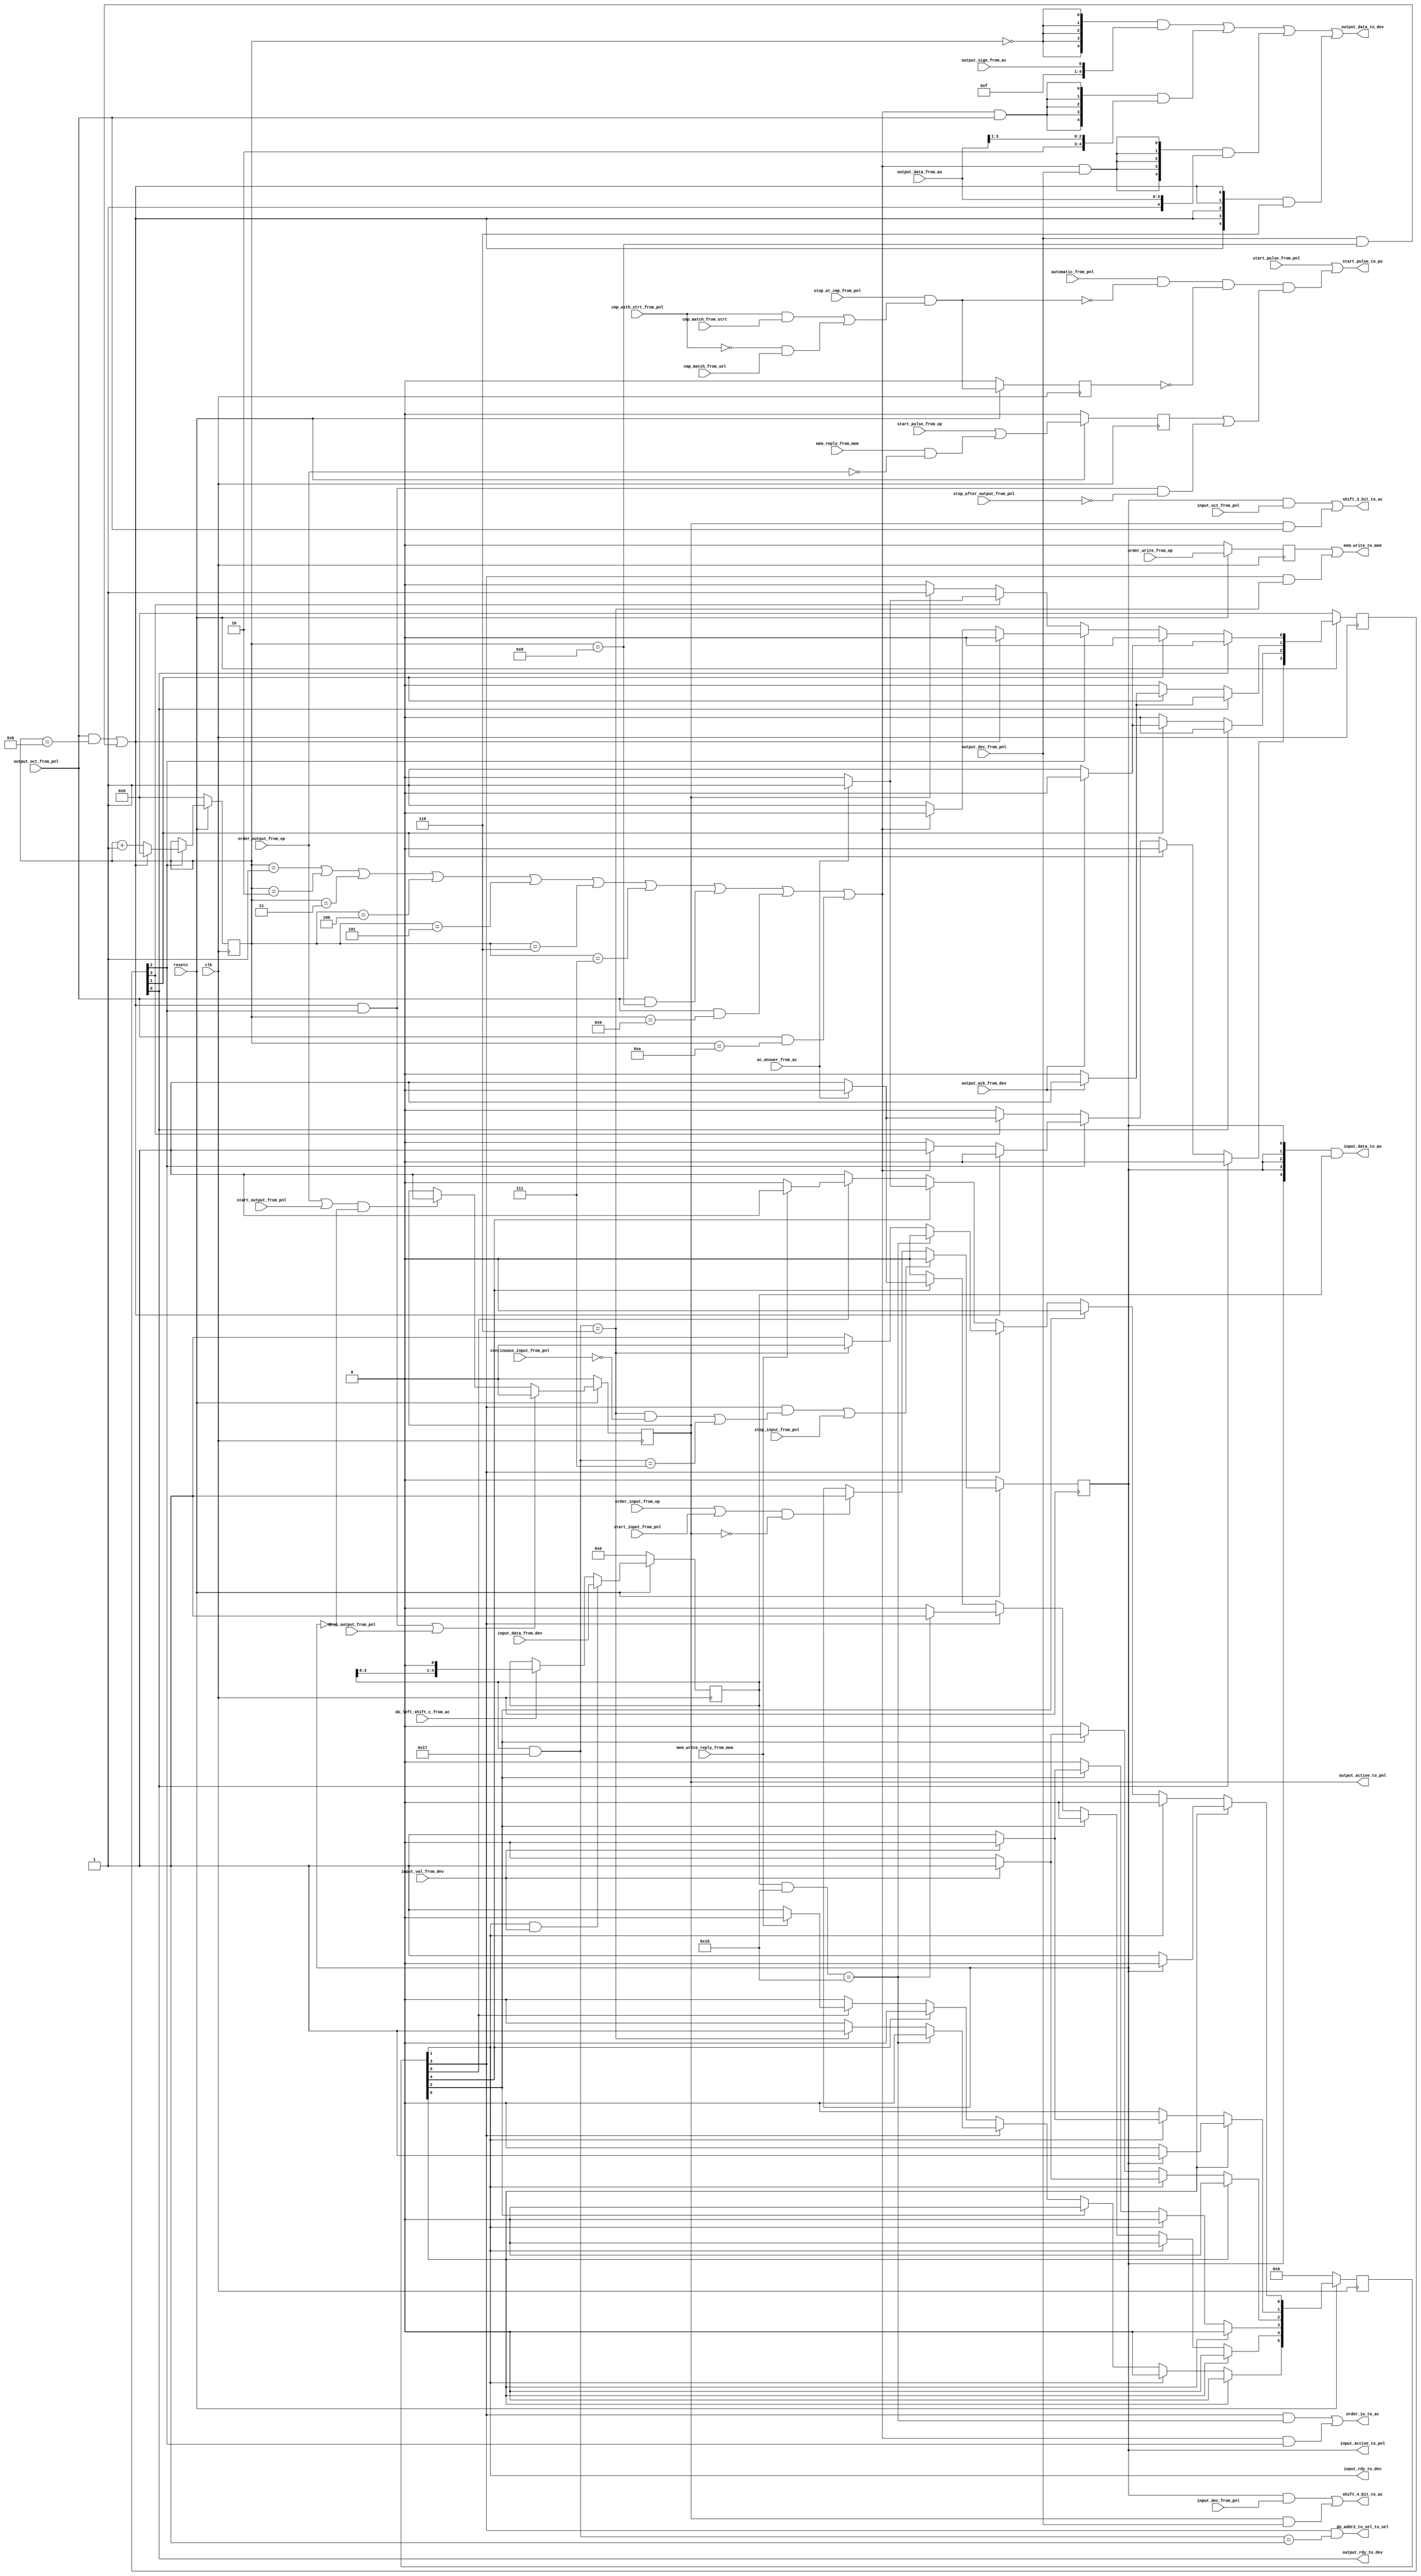
/**
 * 
 *      
 * 
**/

module io_unit (
    input clk,
    input resetn,

    input  order_write_from_op,         // pulse, from op
    input  order_input_from_op,         // pulse, from op
    input  order_output_from_op,        // pulse, from op
    input  start_pulse_from_op,         // pulse, from op

    input  do_left_shift_c_from_ac,     // pulse, from ac
    input  ac_answer_from_ac,           // pulse, from ac

    input  mem_write_reply_from_mem,    // pulse, from mem
    input  mem_reply_from_mem,          // pulse, from mem

    input  start_pulse_from_pnl,        // pulse, from pnl
    input  automatic_from_pnl,          // level, from pnl

    input  start_input_from_pnl,        // pulse, from pnl
    input  stop_input_from_pnl,         // pulse, from pnl
    input  start_output_from_pnl,       // pulse, from pnl
    input  stop_output_from_pnl,        // pulse, from pnl
    input  input_oct_from_pnl,          // level, from pnl
    input  input_dec_from_pnl,          // level, from pnl
    input  output_oct_from_pnl,         // level, from pnl
    input  output_dec_from_pnl,         // level, from pnl
    input  continuous_input_from_pnl,   // level, from pnl
    input  stop_after_output_from_pnl,  // level, from pnl

    input  stop_at_cmp_from_pnl,        // level, from pnl
    input  cmp_with_strt_from_pnl,      // level, from pnl
    input  cmp_match_from_strt,         // level, from strt
    input  cmp_match_from_sel,          // level, from sel

    output input_active_to_pnl,         // level, to pnl
    output output_active_to_pnl,        // level, to pnl

    output shift_3_bit_to_ac,           // level, to ac
    output shift_4_bit_to_ac,           // level, to ac

    output order_io_to_ac,              // pulse, to ac
    output do_addr2_to_sel_to_sel,      // pulse, to sel
    output mem_write_to_mem,            // pulse, to mem
    output start_pulse_to_pu,           // pulse, to pu

    input  output_sign_from_ac,         // value, from ac
    input  [ 3:0] output_data_from_au,  // value, from au
    output [ 4:0] input_data_to_au,     // value, to au

    output input_rdy_to_dev,            // handshake
    input  input_val_from_dev,          // handshake
    input  [ 4:0] input_data_from_dev,  // value, from dev

    output output_rdy_to_dev,           // handshake
    input  output_ack_from_dev,         // handshake
    output [ 4:0] output_data_to_dev    // value, to dev
);

`define IN_IDLE 0
`define IN_RDY 1
`define IN_VAL 2
`define IN_DONE 3
`define IN_NUM 4
`define IN_WRITE 5

`define OUT_IDLE 7'b0000_000
`define OUT_RDY 0
`define OUT_ACK 1
`define OUT_DONE 2
`define OUT_SHIFT 3

// input statement machine
reg  input_active;
reg  [ 5:0] input_state;
reg  [ 5:0] input_state_next;
reg  [ 4:0] reg_input;

wire input_is_num;
wire input_is_write;
wire input_is_end;
wire input_is_sel;

wire order_io_from_input;
wire order_write_from_input;
wire stop_input_from_input;

// output statement machine
reg  output_active;
reg  [ 3:0] output_state_a;
reg  [ 3:0] output_state_b;
reg  [ 3:0] output_state_a_next;
reg  [ 3:0] output_state_b_next;

wire output_sign;
wire output_num;
wire output_finish;

wire order_io_from_output;
wire start_pulse_from_output;
wire stop_output_from_output;

// order_write & start_pulse
reg  order_write_r;
wire start_pulse_delay;
reg  start_pulse_r;
wire start_pulse_auto;
wire stop_because_cmp;
reg  stop_because_cmp_r;

// input statement machine
always @(posedge clk) begin
    if (~resetn) begin
        input_active <= 1'b0;
    end else if (stop_input_from_input || stop_input_from_pnl) begin
        input_active <= 1'b0;
    end else if ((order_input_from_op || start_input_from_pnl) && !output_active) begin
        input_active <= 1'b1;
    end
end
assign input_active_to_pnl = input_active;

always @(posedge clk) begin
    if (~resetn) begin
        input_state <= 0;
        // input_state[`IN_IDLE] <= 1;
    // ? need clear signal?
    end else begin
        input_state <= input_state_next;
    end
end

always @(*) begin
    input_state_next = 0;
    case (1'b1)
        input_state[`IN_IDLE]: begin
            if (input_active) begin
                input_state_next[`IN_RDY] = 1;
            end else begin
                input_state_next[`IN_IDLE] = 1;
            end
        end
        input_state[`IN_RDY]: begin
            if (input_val_from_dev) begin
                input_state_next[`IN_VAL] = 1;
            end else begin
                input_state_next[`IN_RDY] = 1;
            end
        end
        input_state[`IN_VAL]: begin
            if (!input_val_from_dev) begin
                input_state_next[`IN_DONE] = 1;
            end else begin
                input_state_next[`IN_VAL] = 1;
            end
        end
        input_state[`IN_DONE]: begin
            if (input_is_num) begin
                input_state_next[`IN_NUM] = 1;
            end else if (input_is_write) begin
                input_state_next[`IN_WRITE] = 1;
            end else begin
                input_state_next[`IN_IDLE] = 1;
            end
        end
        input_state[`IN_NUM]: begin
            if (ac_answer_from_ac) begin
                input_state_next[`IN_IDLE] = 1;
            end else begin
                input_state_next[`IN_NUM] = 1;
            end
        end
        input_state[`IN_WRITE]: begin
            if (mem_write_reply_from_mem) begin
                input_state_next[`IN_IDLE] = 1;
            end else begin
                input_state_next[`IN_WRITE] = 1;
            end
        end
        default: begin
            input_state_next[`IN_IDLE] = 1;
        end
    endcase
end

assign input_rdy_to_dev = input_state[`IN_RDY];

always @(posedge clk) begin
    if (~resetn) begin
        reg_input <= 5'b0;
    end else if (input_state[`IN_RDY] && input_val_from_dev) begin
        reg_input <= input_data_from_dev;
    end else if (do_left_shift_c_from_ac) begin
        reg_input <= {reg_input[3:0], 1'b0};
    end
end
assign input_data_to_au = 
    {5{input_active}} & reg_input;

assign input_is_num = 
    (reg_input & 5'b10000) == 5'b10000;
assign input_is_write =
    (reg_input & 5'b10111) == 5'b00110;
assign input_is_end =
    (reg_input & 5'b10111) == 5'b00111;
assign input_is_sel =
    (reg_input & 5'b10111) == 5'b00001;

assign order_io_from_input =
    input_state[`IN_DONE] && input_is_num;
assign order_write_from_input =
    input_state[`IN_DONE] && input_is_write;
assign do_addr2_to_sel_to_sel =
    input_state[`IN_DONE] && input_is_sel;
assign stop_input_from_input =
    input_state[`IN_DONE] && (
        (input_is_write && !continuous_input_from_pnl) ||
        input_is_end
    );

// output statement machine
always @(posedge clk) begin
    if (~resetn) begin
        output_active <= 1'b0;
    end else if (stop_output_from_output || stop_output_from_pnl) begin
        output_active <= 1'b0;
    end else if ((order_output_from_op || start_output_from_pnl) && !input_active) begin
        output_active <= 1'b1;
    end
end
assign output_active_to_pnl = output_active;

always @(posedge clk) begin
    if (~resetn) begin
        output_state_a <= 4'd0;
        output_state_b <= 4'b0000;
    end else begin
        output_state_a <= output_state_a_next;
        output_state_b <= output_state_b_next;
    end
end

always @(*) begin
    if (output_state_b[`OUT_DONE]) begin
        if (output_finish) begin
            output_state_a_next = 4'd0;
        end else begin
            output_state_a_next = output_state_a + 4'd1;
        end
    end else begin
        output_state_a_next = output_state_a;
    end

    output_state_b_next = 0;
    case (1'b1)
        output_state_b[`OUT_RDY]: begin
            if (output_ack_from_dev) begin
                output_state_b_next[`OUT_ACK] = 1;
            end else begin
                output_state_b_next[`OUT_RDY] = 1;
            end
        end
        output_state_b[`OUT_ACK]: begin
            if (~output_ack_from_dev) begin
                output_state_b_next[`OUT_DONE] = 1;
            end else begin
                output_state_b_next[`OUT_ACK] = 1;
            end
        end
        output_state_b[`OUT_DONE]: begin
            if (!output_finish) begin
                if (output_num) begin
                    output_state_b_next[`OUT_SHIFT] = 1;
                end else begin
                    output_state_b_next[`OUT_RDY] = 1;
                end
            end
        end
        output_state_b[`OUT_SHIFT]: begin
            if (ac_answer_from_ac) begin
                output_state_b_next[`OUT_RDY] = 1;
            end else begin
                output_state_b_next[`OUT_SHIFT] = 1;
            end
        end
        default: begin
            if (output_active) begin
                output_state_b_next[`OUT_RDY] = 1;
            end
        end
    endcase
end

assign output_rdy_to_dev = output_state_b[`OUT_RDY];

assign output_data_to_dev = 
    ({5{output_sign}} & {4'b1111, output_sign_from_ac}) |
    ({5{output_num && output_oct_from_pnl}} & {2'b10, output_data_from_au[3:1]}) |
    ({5{output_num && output_dec_from_pnl}} & {1'b1, output_data_from_au[3:0]}) |
    ({5{output_finish}} & 5'b00110);

assign output_sign = 
    output_state_a == 4'd00;
assign output_num = 
    output_state_a == 4'd01 ||
    output_state_a == 4'd02 ||
    output_state_a == 4'd03 ||
    output_state_a == 4'd04 ||
    output_state_a == 4'd05 ||
    output_state_a == 4'd06 ||
    output_state_a == 4'd07 ||
    (output_oct_from_pnl && output_state_a == 4'd08) ||
    (output_oct_from_pnl && output_state_a == 4'd09) ||
    (output_oct_from_pnl && output_state_a == 4'd10);
assign output_finish = 
    (output_oct_from_pnl && output_state_a == 4'd11) || 
    (output_dec_from_pnl && output_state_a == 4'd08);

assign order_io_from_output = 
    output_num && output_state_b[`OUT_DONE];
assign start_pulse_from_output =
    output_finish && output_state_b[`OUT_DONE] && 
    !stop_after_output_from_pnl;
assign stop_output_from_output =
    output_finish && output_state_b[`OUT_DONE];

// level for oct/dec
assign shift_3_bit_to_ac =
    (input_active  && input_oct_from_pnl) ||
    (output_active && output_oct_from_pnl);
assign shift_4_bit_to_ac =
    (input_active  && input_dec_from_pnl) ||
    (output_active && output_dec_from_pnl);

// pulses
assign start_pulse_delay = 
    start_pulse_from_op ||
    (mem_reply_from_mem && !order_output_from_op);

always @(posedge clk) begin
    if (~resetn) begin
        order_write_r <= 1'b0;
        start_pulse_r <= 1'b0;
    end else begin
        order_write_r <= order_write_from_op;
        start_pulse_r <= start_pulse_delay;
    end
end

always @(posedge clk) begin
    if (~resetn) begin
        stop_because_cmp_r <= 1'b0;
    end else begin
        stop_because_cmp_r <= stop_because_cmp;
    end
end

assign mem_write_to_mem  = 
    order_write_r || order_write_from_input;

assign start_pulse_auto = 
    start_pulse_r || start_pulse_from_output;
assign stop_because_cmp =
    stop_at_cmp_from_pnl && (
        ( cmp_with_strt_from_pnl && cmp_match_from_strt) ||
        (!cmp_with_strt_from_pnl && cmp_match_from_sel)
    );
assign start_pulse_to_pu = 
    start_pulse_from_pnl || (
        automatic_from_pnl && 
        !stop_because_cmp && !stop_because_cmp_r &&
        start_pulse_auto
    );

assign order_io_to_ac = 
    order_io_from_input || order_io_from_output;

endmodule